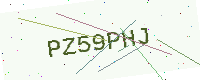
Text: PZ59PHJ